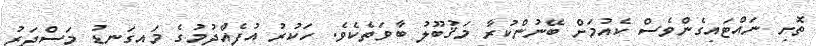
ތޮށި ނައްޓައިގެންވެސް ކެއުމަށް ބޭނުންކުރާ މަޤުބޫލު ބާވަތެކެވެ. ހަކުރު އުފެއްދުމުގެ މައިގަނޑު މަސްދަރު